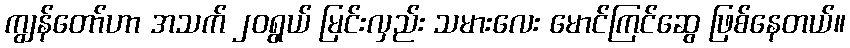
ကျွန်တော်ဟာ အသက် ၂၀ရွယ် မြင်းလှည်း သမားလေး မောင်ကြင်ဆွေ ဖြစ်နေတယ်။